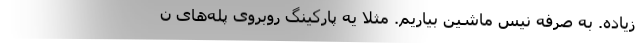
زیاده. به صرفه نیس ماشین بیاریم. مثلا یه پارکینگ روبروی پله‌های ن